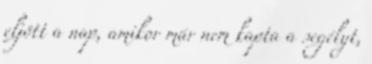
eljött a nap, amikor már nem kapta a segélyt,